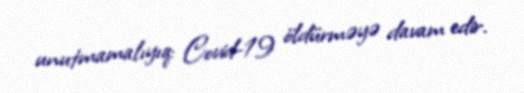
unutmamalıyıq: Covid-19 öldürməyə davam edir.